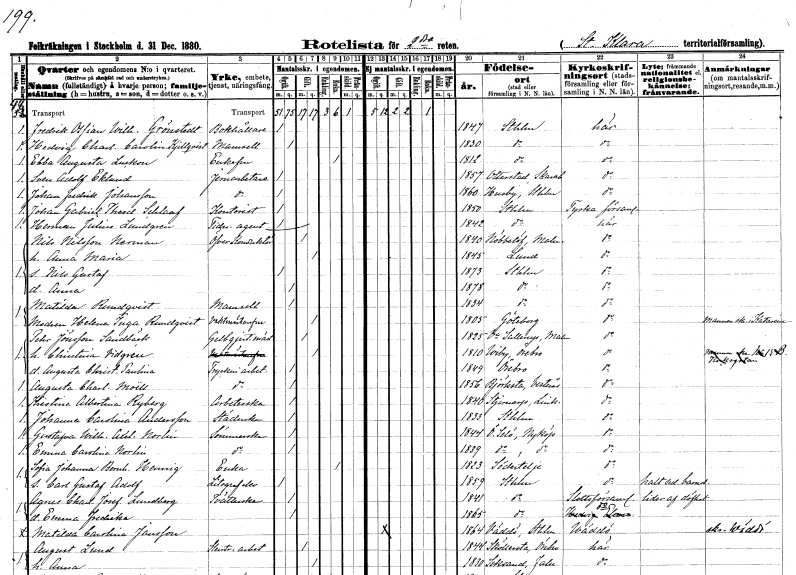
gt_parse: households: individuals: FN: Fredrik Ossian Wilhelm
EN: Grönstedt
YRKE: Bokhållare
KON: M
CIV: O
FODAR: 1847
FODFORS: Stockholm
FN: Hedvig Charlotta Carolina
EN: Kjellqvist
KON: K
CIV: O
FODAR: 1830
FODFORS: Stockholm
FN: Ebba Augusta
EN: Luckon
KON: K
CIV: E
FODAR: 1812
FODFORS: Stockholm
FN: Sven Adolf
EN: Eklund
YRKE: Järnarbetare
KON: M
CIV: O
FODAR: 1857
FODFORS: Otterstad Skaraborgs län
FN: Johan Fredrik
EN: Johansson
YRKE: Järnarbetare
KON: M
CIV: O
FODAR: 1860
FODFORS: Husby Stockholms län
FN: Johan Gabriel Theodor
EN: Schlaaf
YRKE: Kontorist
KON: M
CIV: O
FODAR: 1850
FODFORS: Stockholm
FN: Herman Julius
EN: Lundgren
YRKE: Tidningsagent
KON: M
CIV: O
FODAR: 1842
FODFORS: Stockholm
FN: Nils
EN: Nilsson Nerman
YRKE: Överkonduktör
KON: M
CIV: G
FODAR: 1840
FODFORS: Nöbbelöv Malmöhus län
FN: Anna Maria
KON: K
CIV: G
FODAR: 1845
FODFORS: Lund Malmöhus län
FN: Nils Gustaf
KON: M
CIV: O
FODAR: 1873
FODFORS: Stockholm
FN: Anna
KON: K
CIV: O
FODAR: 1878
FODFORS: Stockholm
FN: Matilda
EN: Rundqvist
KON: K
CIV: O
FODAR: 1834
FODFORS: Stockholm
FN: Helena Inga
EN: Rundqvist
YRKE: Vaktmästarehustru
KON: K
CIV: G
FODAR: 1805
FODFORS: Göteborg Göteborgs- och Bohuslän
FN: Peter
EN: Jönsson Sandbäck
YRKE: Gelbgjutaremästare
KON: M
CIV: G
FODAR: 1825
FODFORS: Västra Sallerup Malmöhus län
FN: Christina
EN: Vidgren
KON: K
CIV: G
FODAR: 1810
FODFORS: Viby Örebro län
FN: Augusta Christina Paulina
YRKE: Tryckeriarbeterska
KON: K
CIV: O
FODAR: 1849
FODFORS: Örebro Örebro län
FN: Augusta Charlotta
EN: Moëll
YRKE: Tryckeriarbeterska
KON: K
CIV: O
FODAR: 1856
FODFORS: Björksta Västmanlands län
FN: Kristina Albertina
EN: Ryberg
YRKE: Arbeterska
KON: K
CIV: O
FODAR: 1840
FODFORS: Stjärnorp Östergötlands län
FN: Johanna Carolina
EN: Andersson
YRKE: Städerska
KON: K
CIV: O
FODAR: 1833
FODFORS: Stockholm
FN: Gustafva Wilhelmina Axelina
EN: Norlin
YRKE: Sömmerska
KON: K
CIV: O
FODAR: 1844
FODFORS: Överselö Södermanlands län
FN: Emma Carolina
EN: Norlin
YRKE: Sömmerska
KON: K
CIV: O
FODAR: 1839
FODFORS: Överselö Södermanlands län
FN: Sofia Johanna Bernhardina
EN: Hennig
YRKE: Änka
KON: K
CIV: E
FODAR: 1823
FODFORS: Södertälje Stockholms län
FN: Carl Gustaf Adolf
YRKE: Litografelev
KON: M
CIV: O
FODAR: 1859
FODFORS: Stockholm
FN: Agnes Charlotta Josefina
EN: Lundberg
YRKE: Tvätterska
KON: K
CIV: O
FODAR: 1841
FODFORS: Stockholm
FN: Emma Fredrika
KON: K
CIV: O
FODAR: 1865
FODFORS: Stockholm